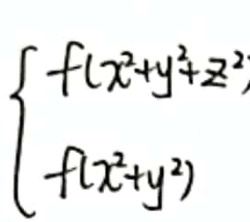
\[
\begin{cases}
f(x^{2}+y^{2}+z^{2}) \\
f(x^{2}+y^{2})
\end{cases}
\]